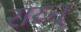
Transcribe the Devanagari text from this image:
राय्न्